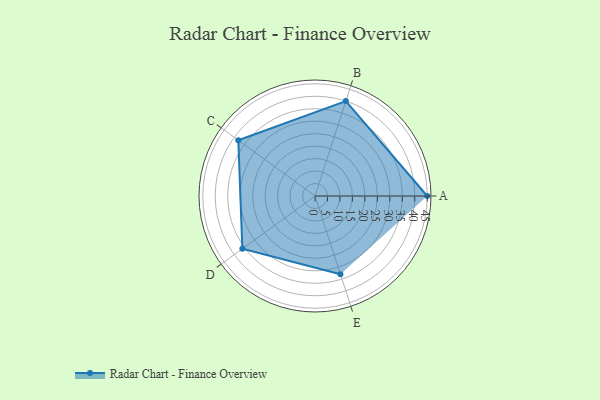
{"axis": {"x": "Skill", "y": "Score"}, "legend": ["Profile"], "data": [{"x": "A", "y": 45.0, "type": "Profile"}, {"x": "B", "y": 40.0, "type": "Profile"}, {"x": "C", "y": 38.0, "type": "Profile"}, {"x": "D", "y": 36.0, "type": "Profile"}, {"x": "E", "y": 33.0, "type": "Profile"}]}